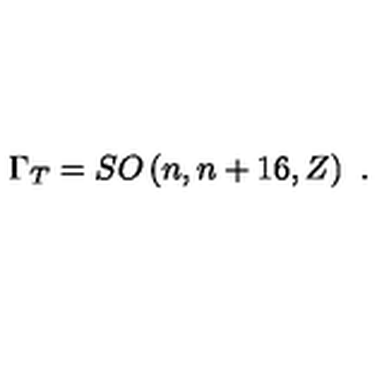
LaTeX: \Gamma _ { T } = S O \left( n , n + 1 6 , Z \right) \ .